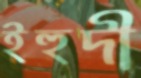
ইহুদী